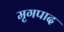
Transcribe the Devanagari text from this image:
मृगपाद